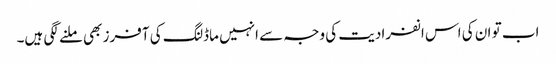
اب تو ان کی اس انفرادیت کی وجہ سے انہیں ماڈلنگ کی آفرز بھی ملنے لگی ہیں۔